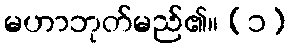
မဟာဘုတ်မည်၏။ (၁)